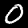
Digit: 0